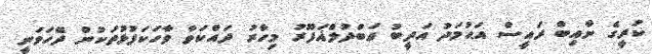
ކުރީގެ ނާއިބް ރައީސް އަޙުމަދު އަދީބު ޢަބްދުލްޣަފޫރު މިހާރު ދައްކަވާ ވާހަކަފުޅުތަކުން ދޭހަވަނީ